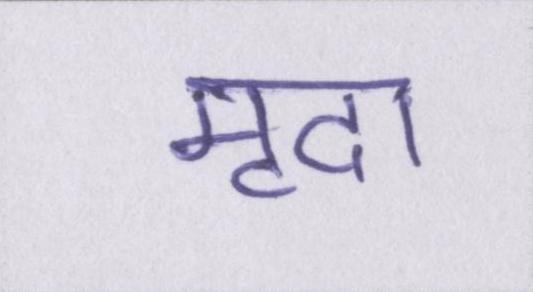
मृदा